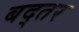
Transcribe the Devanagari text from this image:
बद्तर